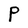
Character: P